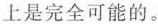
上是完全可能的。